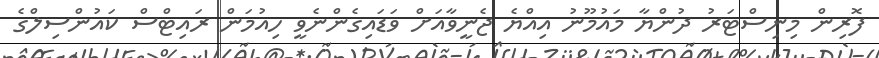
ފޮރިން މިނިސްޓަރު ދުންޔާ މައުމޫނު އިއްޔެ ޖެނީވާއަށް ވަޑައިގެންނެވީ ހިއުމަން ރައިޓްސް ކައުންސިލްގެ